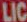
LIC